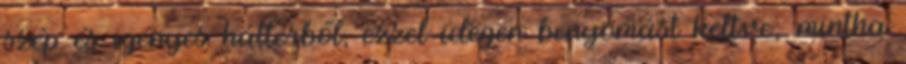
szép és igényes háttérből, ezzel idegen benyomást keltve; mintha